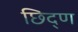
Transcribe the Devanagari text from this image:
छिद्ण